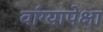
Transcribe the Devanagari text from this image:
वांग्यापेक्षा